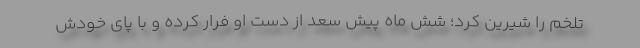
تلخم را شیرین کرد؛ شش ماه پیش سعد از دست او فرار کرده و با پای خودش